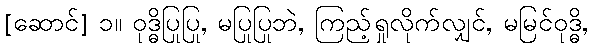
[ဆောင်] ၁။ ဝုဒ္ဓိပြုပြု, မပြုပြုဘဲ, ကြည့်ရှုလိုက်လျှင်, မမြင်ဝုဒ္ဓိ,